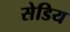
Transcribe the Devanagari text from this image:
सेडिय